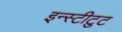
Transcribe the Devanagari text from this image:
इन्स्टीटुट